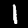
Digit: 1